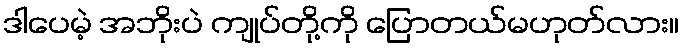
ဒါပေမဲ့ အဘိုးပဲ ကျုပ်တို့ကို ပြောတယ်မဟုတ်လား။